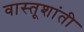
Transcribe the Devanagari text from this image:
वास्तूशांती